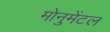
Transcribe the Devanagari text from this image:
मोनुमेंटल